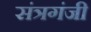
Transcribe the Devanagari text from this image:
संत्रगंजी